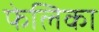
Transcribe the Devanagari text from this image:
फेलिका